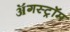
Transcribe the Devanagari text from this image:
ॲगस्ट्रॉम